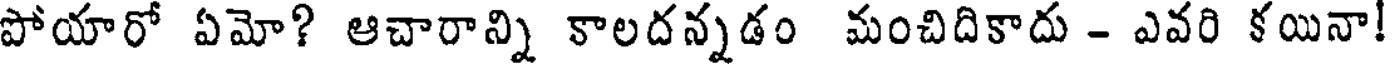
పోయారో ఏమో? ఆచారాన్ని కాలదన్నడం మంచిదికాదు - ఎవరి కయినా!